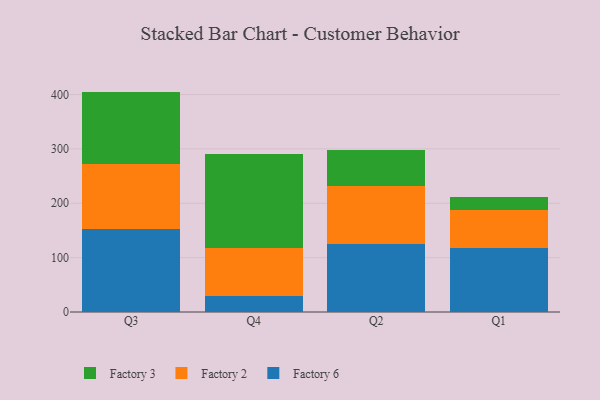
{"axis": {"x": "Quarter", "y": "Humidity (%)"}, "legend": ["Factory 2", "Factory 3", "Factory 6"], "data": [{"x": "Q3", "y": 152.2, "type": "Factory 6"}, {"x": "Q3", "y": 119.6, "type": "Factory 2"}, {"x": "Q3", "y": 133.6, "type": "Factory 3"}, {"x": "Q4", "y": 28.8, "type": "Factory 6"}, {"x": "Q4", "y": 89.3, "type": "Factory 2"}, {"x": "Q4", "y": 173.4, "type": "Factory 3"}, {"x": "Q2", "y": 125.5, "type": "Factory 6"}, {"x": "Q2", "y": 106.1, "type": "Factory 2"}, {"x": "Q2", "y": 65.9, "type": "Factory 3"}, {"x": "Q1", "y": 117.2, "type": "Factory 6"}, {"x": "Q1", "y": 70.2, "type": "Factory 2"}, {"x": "Q1", "y": 23.4, "type": "Factory 3"}]}